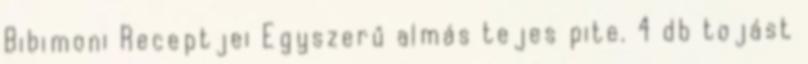
Bibimoni Receptjei Egyszerű almás tejes pite. 4 db tojást